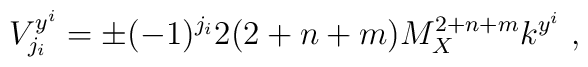
V^{y^i}_{j_i}= \pm (-1)^{j_i} 2 (2+n+m) M_X^{2+n+m} k^{y^i} ~,~\,